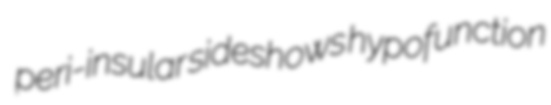
peri-insular sideshows hypofunction